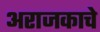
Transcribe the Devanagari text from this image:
अराजकाचे